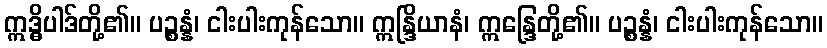
ဣဒ္ဓိပါဒ်တို့၏။ ပဉ္စန္နံ၊ ငါးပါးကုန်သော။ ဣန္ဒြိယာနံ၊ ဣန္ဒြေတို့၏။ ပဉ္စန္နံ၊ ငါးပါးကုန်သော။